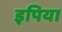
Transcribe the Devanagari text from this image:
इपिया